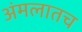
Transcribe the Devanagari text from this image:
अंमलातच